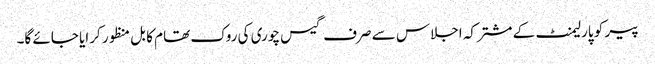
پیر کو پارلیمنٹ کے مشترکہ اجلاس سے صرف گیس چوری کی روک تھام کا بل منظور کرایا جائے گا۔